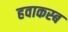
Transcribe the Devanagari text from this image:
हवाकस्‍ब